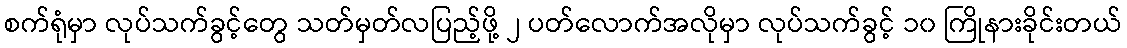
စက်ရုံမှာ လုပ်သက်ခွင့်တွေ သတ်မှတ်လပြည့်ဖို့ ၂ ပတ်လောက်အလိုမှာ လုပ်သက်ခွင့် ၁၀ ကြိုနားခိုင်းတယ်